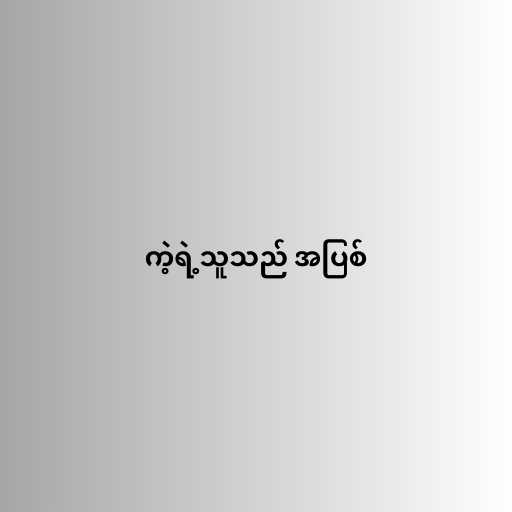
ကဲ့ရဲ့သူသည် အပြစ်